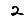
Digit: 2